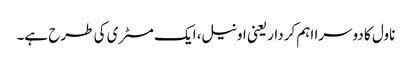
ناول کا دوسرا اہم کردار یعنی اونیل، ایک مسٹری کی طرح ہے۔